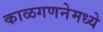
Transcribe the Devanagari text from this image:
काळगणनेमध्ये